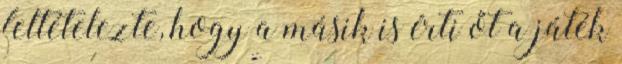
feltételezte, hogy a másik is érti őt a játék